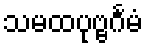
သမထပုဗ္ဗင်္ဂမံ